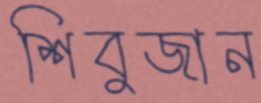
শিবুজান